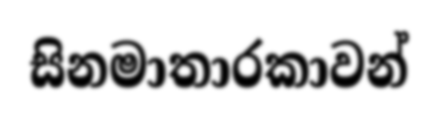
සිනමාතාරකාවන්